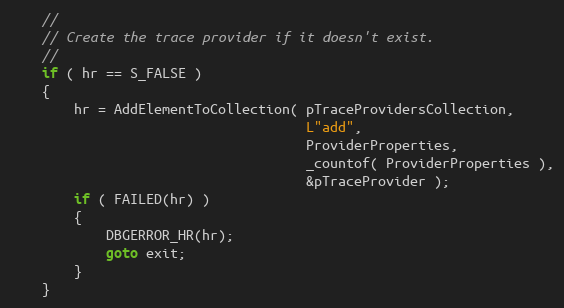
Language: C++
    //
    // Create the trace provider if it doesn't exist.
    //
    if ( hr == S_FALSE )
    {
        hr = AddElementToCollection( pTraceProvidersCollection,
                                     L"add",
                                     ProviderProperties,
                                     _countof( ProviderProperties ),
                                     &pTraceProvider );
        if ( FAILED(hr) )
        {
            DBGERROR_HR(hr);
            goto exit;
        }
    }